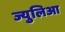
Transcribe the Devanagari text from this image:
ज्युलिआ